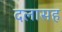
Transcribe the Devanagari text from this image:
दलासह